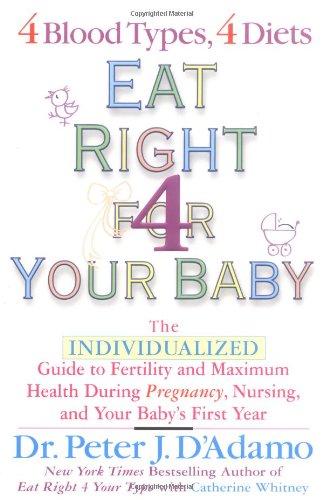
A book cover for Eat Right for Your Baby: The Individulized Guide to Fertility and Maximum Heatlh During Pregnancy; Dr. Peter J. D'Adamo; Parenting & Relationships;